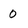
Character: 0